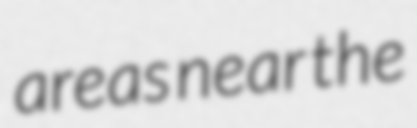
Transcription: areas near the